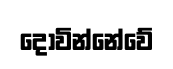
දොවින්නේවේ